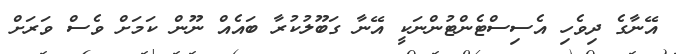
އޭނާގެ ދިވެހި އެސިސްޓެންޓުންނަކީ އޭނާ ގަބޫލުކުރާ ބައެއް ނޫން ކަމަށް ވެސް ވަރަށް